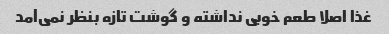
غذا اصلا طعم خوبی نداشته و گوشت تازه بنظر نمی‌آمد